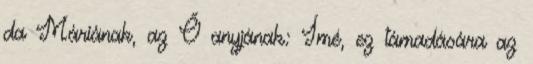
da Máriának, az Ő anyjának: Ímé, ez támadására az